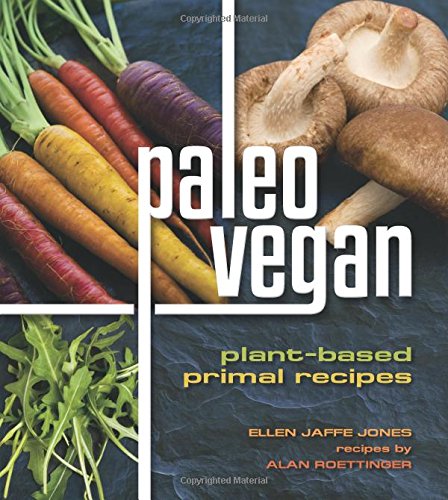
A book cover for Paleo Vegan: Plant-Based Primal Recipes; Ellen Jaffe Jones; Cookbooks, Food & Wine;